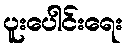
ပူးပေါင်းရေး